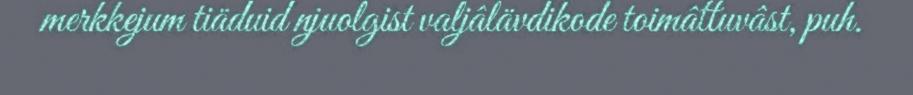
merkkejum tiäduid njuolgist valjâlävdikode toimâttuvâst, puh.